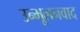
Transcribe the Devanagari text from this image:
उन्मूलनवाद